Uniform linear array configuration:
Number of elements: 32
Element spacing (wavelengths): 1
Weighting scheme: hann
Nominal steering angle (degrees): -30
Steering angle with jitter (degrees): -29.41
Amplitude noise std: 0.05
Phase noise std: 0.05

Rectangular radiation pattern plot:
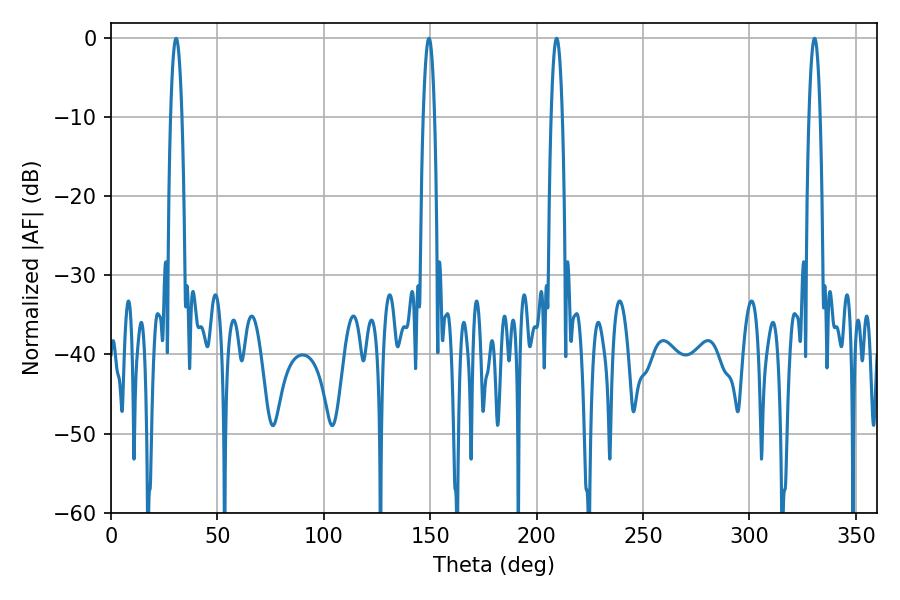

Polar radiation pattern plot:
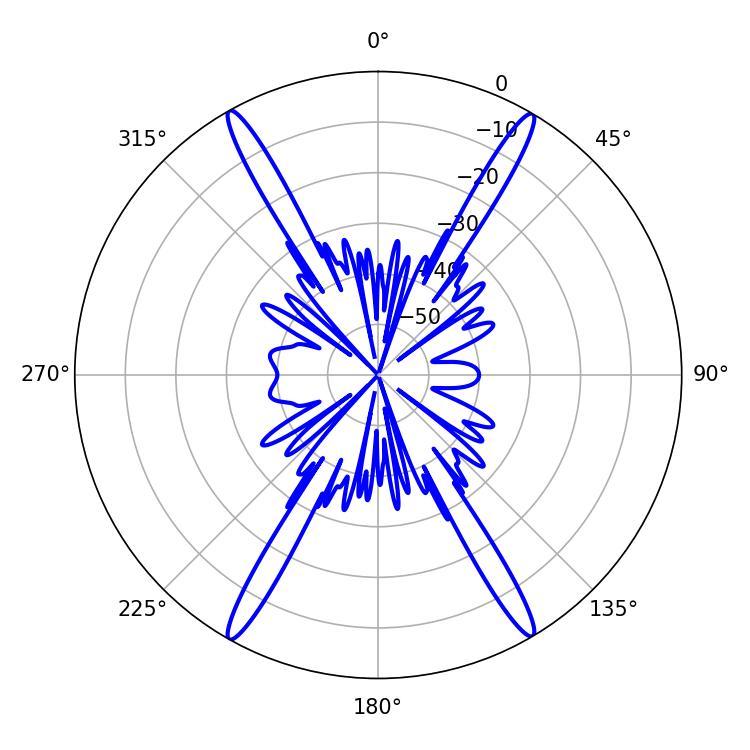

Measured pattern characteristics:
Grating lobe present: TRUE
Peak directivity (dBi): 28.63
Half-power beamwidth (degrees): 2.88
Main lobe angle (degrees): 149.4